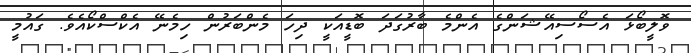
ވޮލީބޯޅަ އެސޯސިއޭޝަންގެ އެންމެ ބާރުގަދަ ބޮޑީއަކީ ދިހަ މެންބަރުން ހިމެނޭ އެކްސްކޯއެވެ. ގައުމީ